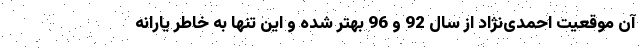
آن موقعیت احمدی‌نژاد از سال 92 و 96 بهتر شده و این تنها به خاطر یارانه